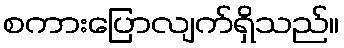
စကားပြောလျက်ရှိသည်။